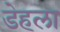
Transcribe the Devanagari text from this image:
डेहला